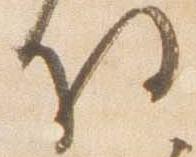
将